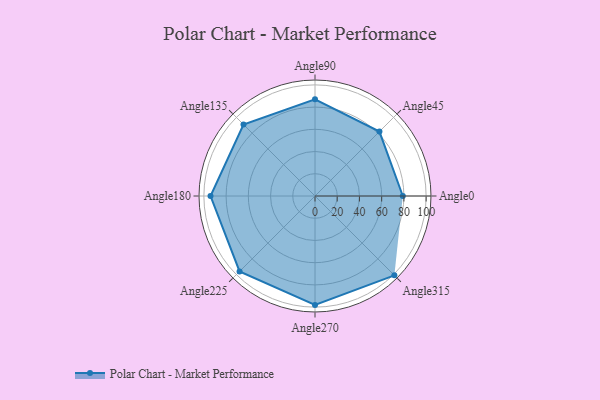
{"axis": {"x": "Angle", "y": "Radius"}, "legend": [""], "data": [{"x": "Angle0", "y": 79.0, "type": ""}, {"x": "Angle45", "y": 82.0, "type": ""}, {"x": "Angle90", "y": 87.0, "type": ""}, {"x": "Angle135", "y": 91.0, "type": ""}, {"x": "Angle180", "y": 94.0, "type": ""}, {"x": "Angle225", "y": 96.0, "type": ""}, {"x": "Angle270", "y": 98.0, "type": ""}, {"x": "Angle315", "y": 101.0, "type": ""}]}